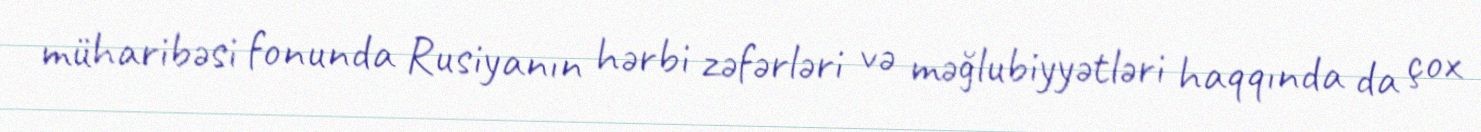
müharibəsi fonunda Rusiyanın hərbi zəfərləri və məğlubiyyətləri haqqında da çox